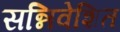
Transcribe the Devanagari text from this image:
सन्निवेशित